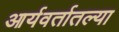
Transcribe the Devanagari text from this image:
आर्यवर्तातल्या